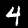
Digit: 4